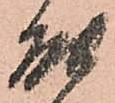
能